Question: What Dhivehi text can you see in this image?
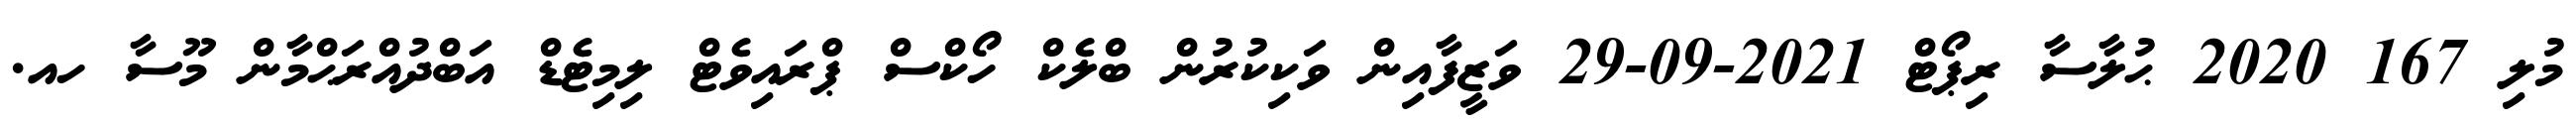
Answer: މުލި 167 2020 ޙުލާސާ ރިޕޯޓް 2021-09-29 ވަޒީފާއިން ވަކިކުރުން ބްލެކް ހޯކްސް ޕްރައިވެޓް ލިމިޓެޑް އަބްދުއްރަޙްމާން މޫސާ ހއ.